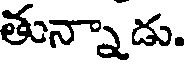
తున్నాడు.